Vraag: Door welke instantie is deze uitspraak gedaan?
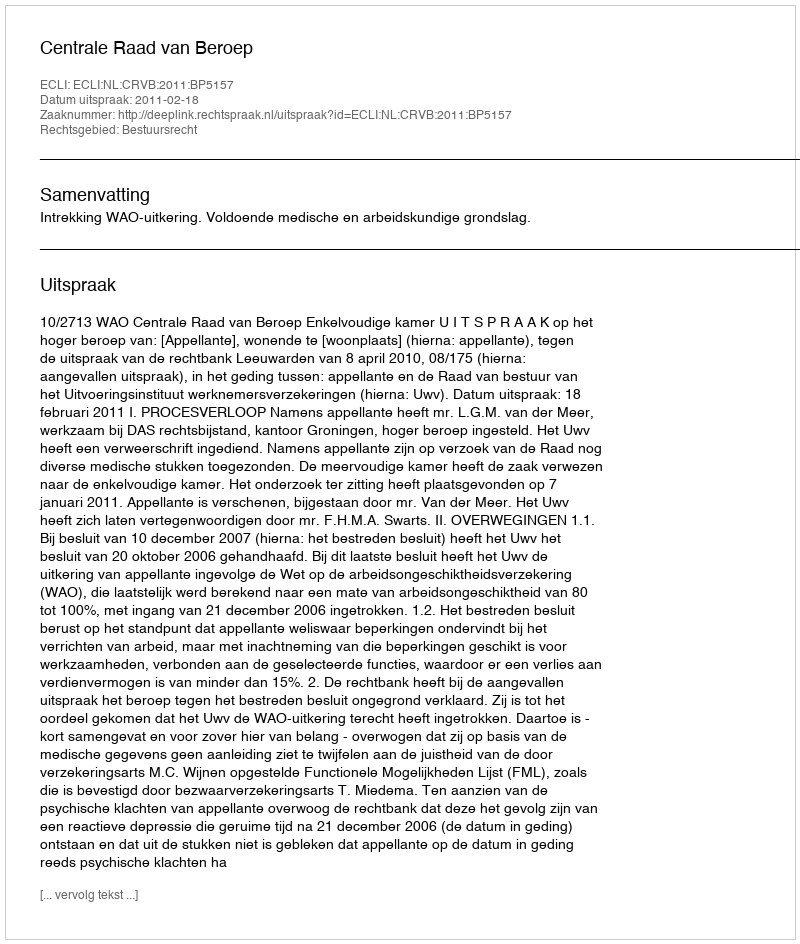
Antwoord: Centrale Raad van Beroep